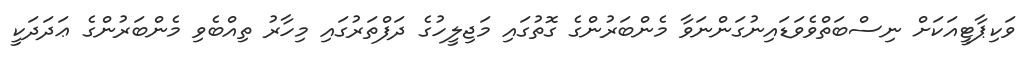
ވަކިޕާޓީއަކަށް ނިސްބަތްވެވަޑައިނުގަންނަވާ މެންބަރުންގެ ގޮތުގައި މަޖިލީހުގެ ދަފްތަރުގައި މިހާރު ތިއްބެވި މެންބަރުންގެ ޢަދަދަކީ